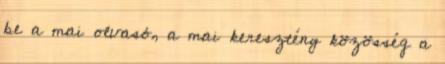
be a mai olvasó, a mai keresztény közösség a